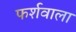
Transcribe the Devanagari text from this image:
फर्शवाला